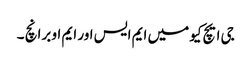
جی ایچ کیو میں ایم ایس اور ایم او برانچ ۔